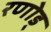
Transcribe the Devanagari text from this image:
रणोड्